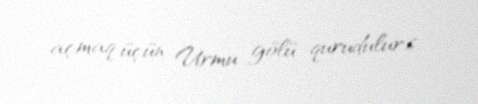
açmaq üçün Urmu gölü qurudulur.6.